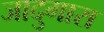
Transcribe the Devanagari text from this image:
जादुगारा